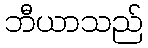
ဘီယာသည်